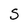
Character: S